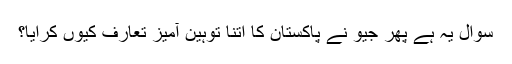
سوال یہ ہے پھر جیو نے پاکستان کا اتنا توہین آمیز تعارف کیوں کرایا؟